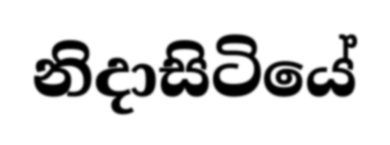
නිදාසිටියේ